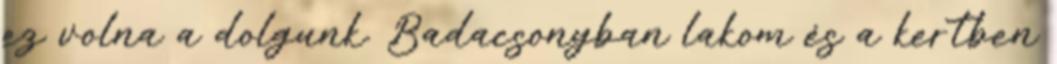
ez volna a dolgunk. Badacsonyban lakom és a kertben